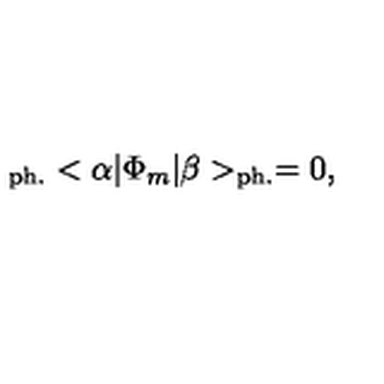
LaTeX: _ { \mathrm { p h . } } < \alpha | \Phi _ { m } | \beta > _ { \mathrm { p h . } } = 0 ,